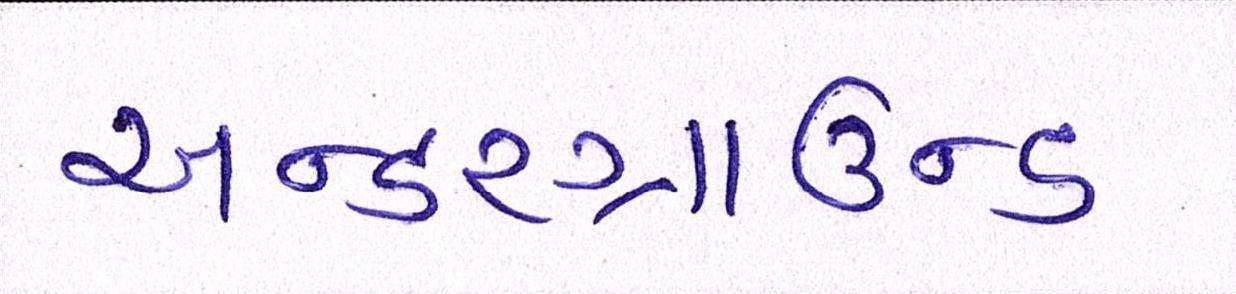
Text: અન્ડરગ્રાઉન્ડ